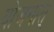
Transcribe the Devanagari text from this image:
योजनांत्‌